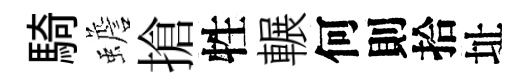
騎蟾搶牲輾何則拾址